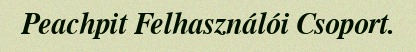
Peachpit Felhasználói Csoport.